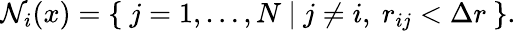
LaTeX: \begin{array}{r}{\mathcal{N}_{i}(x)=\left\{ ~j=1,\dots,N~|~j\neq i,~r_{ij}<\Delta r~\right\} .}\end{array}